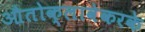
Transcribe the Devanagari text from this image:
औतोक्लावेकरके